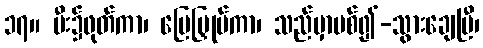
၁၇။ မီး၌ဖုတ်ကာ၊ မြေမြှုပ်ကာ၊ သည်မှာပစ်၍-သွားချေပြီ၊